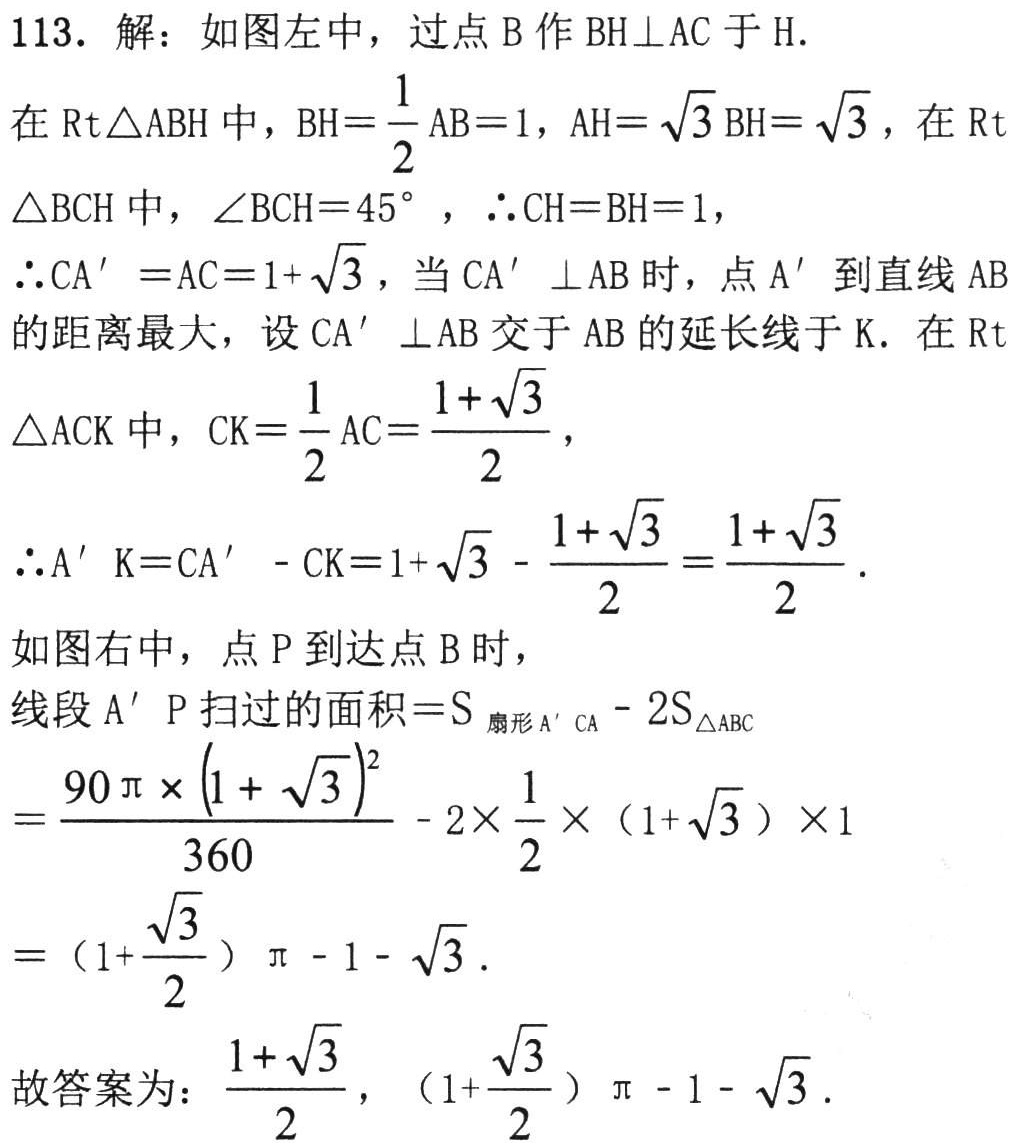
113. 解：如图左中，过点\(B\)作\(BH\perp AC\)于\(H\).

在\(Rt\triangle ABH\)中，\(BH = \frac{1}{2}AB = 1\)，\(AH = \sqrt{3}BH = \sqrt{3}\)，在\(Rt\triangle BCH\)中，\(\angle BCH = 45^{\circ}\)，\(\therefore CH = BH = 1\)，

\(\therefore CA' = AC = 1 + \sqrt{3}\)，当\(CA'\perp AB\)时，点\(A'\)到直线\(AB\)的距离最大，设\(CA'\perp AB\)交于\(AB\)的延长线于\(K\). 在\(Rt\triangle ACK\)中，\(CK = \frac{1}{2}AC = \frac{1 + \sqrt{3}}{2}\)，

\(\therefore A'K = CA' - CK = 1 + \sqrt{3} - \frac{1 + \sqrt{3}}{2} = \frac{1 + \sqrt{3}}{2}\).

如图右中，点\(P\)到达点\(B\)时，

线段\(A'P\)扫过的面积\(=S_{扇形A'CA} - 2S_{\triangle ABC}\)

\(=\frac{90\pi\times(1 + \sqrt{3})^2}{360} - 2\times\frac{1}{2}\times(1 + \sqrt{3})\times1\)

\(=(1 + \frac{\sqrt{3}}{2})\pi - 1 - \sqrt{3}\).

故答案为：\(\frac{1 + \sqrt{3}}{2}\)，\((1 + \frac{\sqrt{3}}{2})\pi - 1 - \sqrt{3}\).